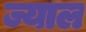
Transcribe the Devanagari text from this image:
ज्याल